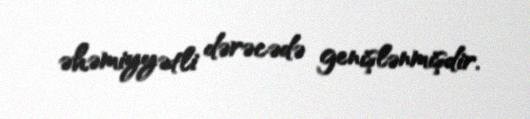
əhəmiyyətli dərəcədə genişlənmişdir.